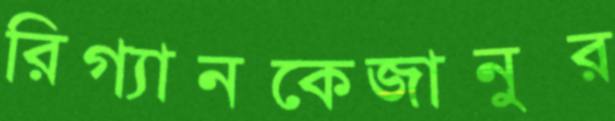
রিগ্যানকেজানুর